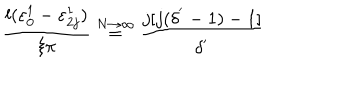
\frac { l ( \varepsilon _ { 0 } ^ { 1 } - \varepsilon _ { 2 j } ^ { 1 } ) } { \xi \pi } \stackrel { N \rightarrow \infty } { = } \frac { j [ j ( \delta ^ { ' } - 1 ) - 1 ] } { \delta ^ { ' } }